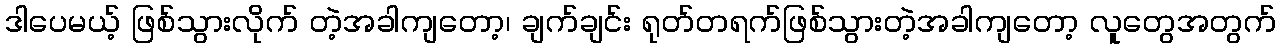
ဒါပေမယ့် ဖြစ်သွားလိုက် တဲ့အခါကျတော့၊ ချက်ချင်း ရုတ်တရက်ဖြစ်သွားတဲ့အခါကျတော့ လူတွေအတွက်